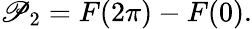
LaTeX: \mathscr{P}_{2}=F(2\pi)-F(0).